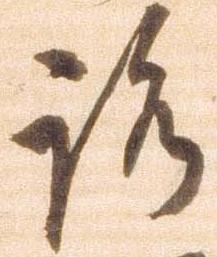
路